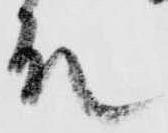
殿